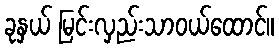
ခုနှယ် မြင်းလှည်းသာဝယ်ထောင်။